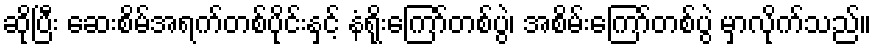
ဆိုပြီး ဆေးစိမ်အရက်တစ်ပိုင်းနှင့် နံရိုးကြော်တစ်ပွဲ၊ အစိမ်းကြော်တစ်ပွဲ မှာလိုက်သည်။